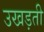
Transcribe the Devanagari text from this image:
उखड़ती